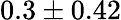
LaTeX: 0.3\pm 0.42